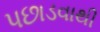
પછાડવાથી